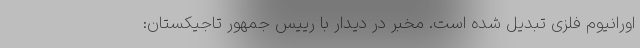
اورانیوم فلزی تبدیل شده است. مخبر در دیدار با رییس جمهور تاجیکستان: